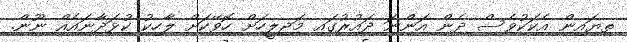
ތިޔައިން އެކަކުވެސް ދެން އަންނަ ދައުރުގައި މަޖިލީހަށް ހޮވޭކަށް ލާހިކު ކުޅަދާނައެއް ނޫން.